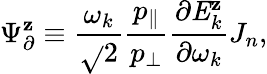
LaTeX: {\Psi}_{\partial}^{\mathbf{z}}\equiv\frac{{\omega_{k}}}{{\sqrt{}{{2}}}}\frac{{p_{\parallel}}}{{p_{\perp}}}\frac{{\partial\mathit{{{E}}}_{k}^{\mathbf{z}}}}{{\partial\omega_{k}}}J_{n},